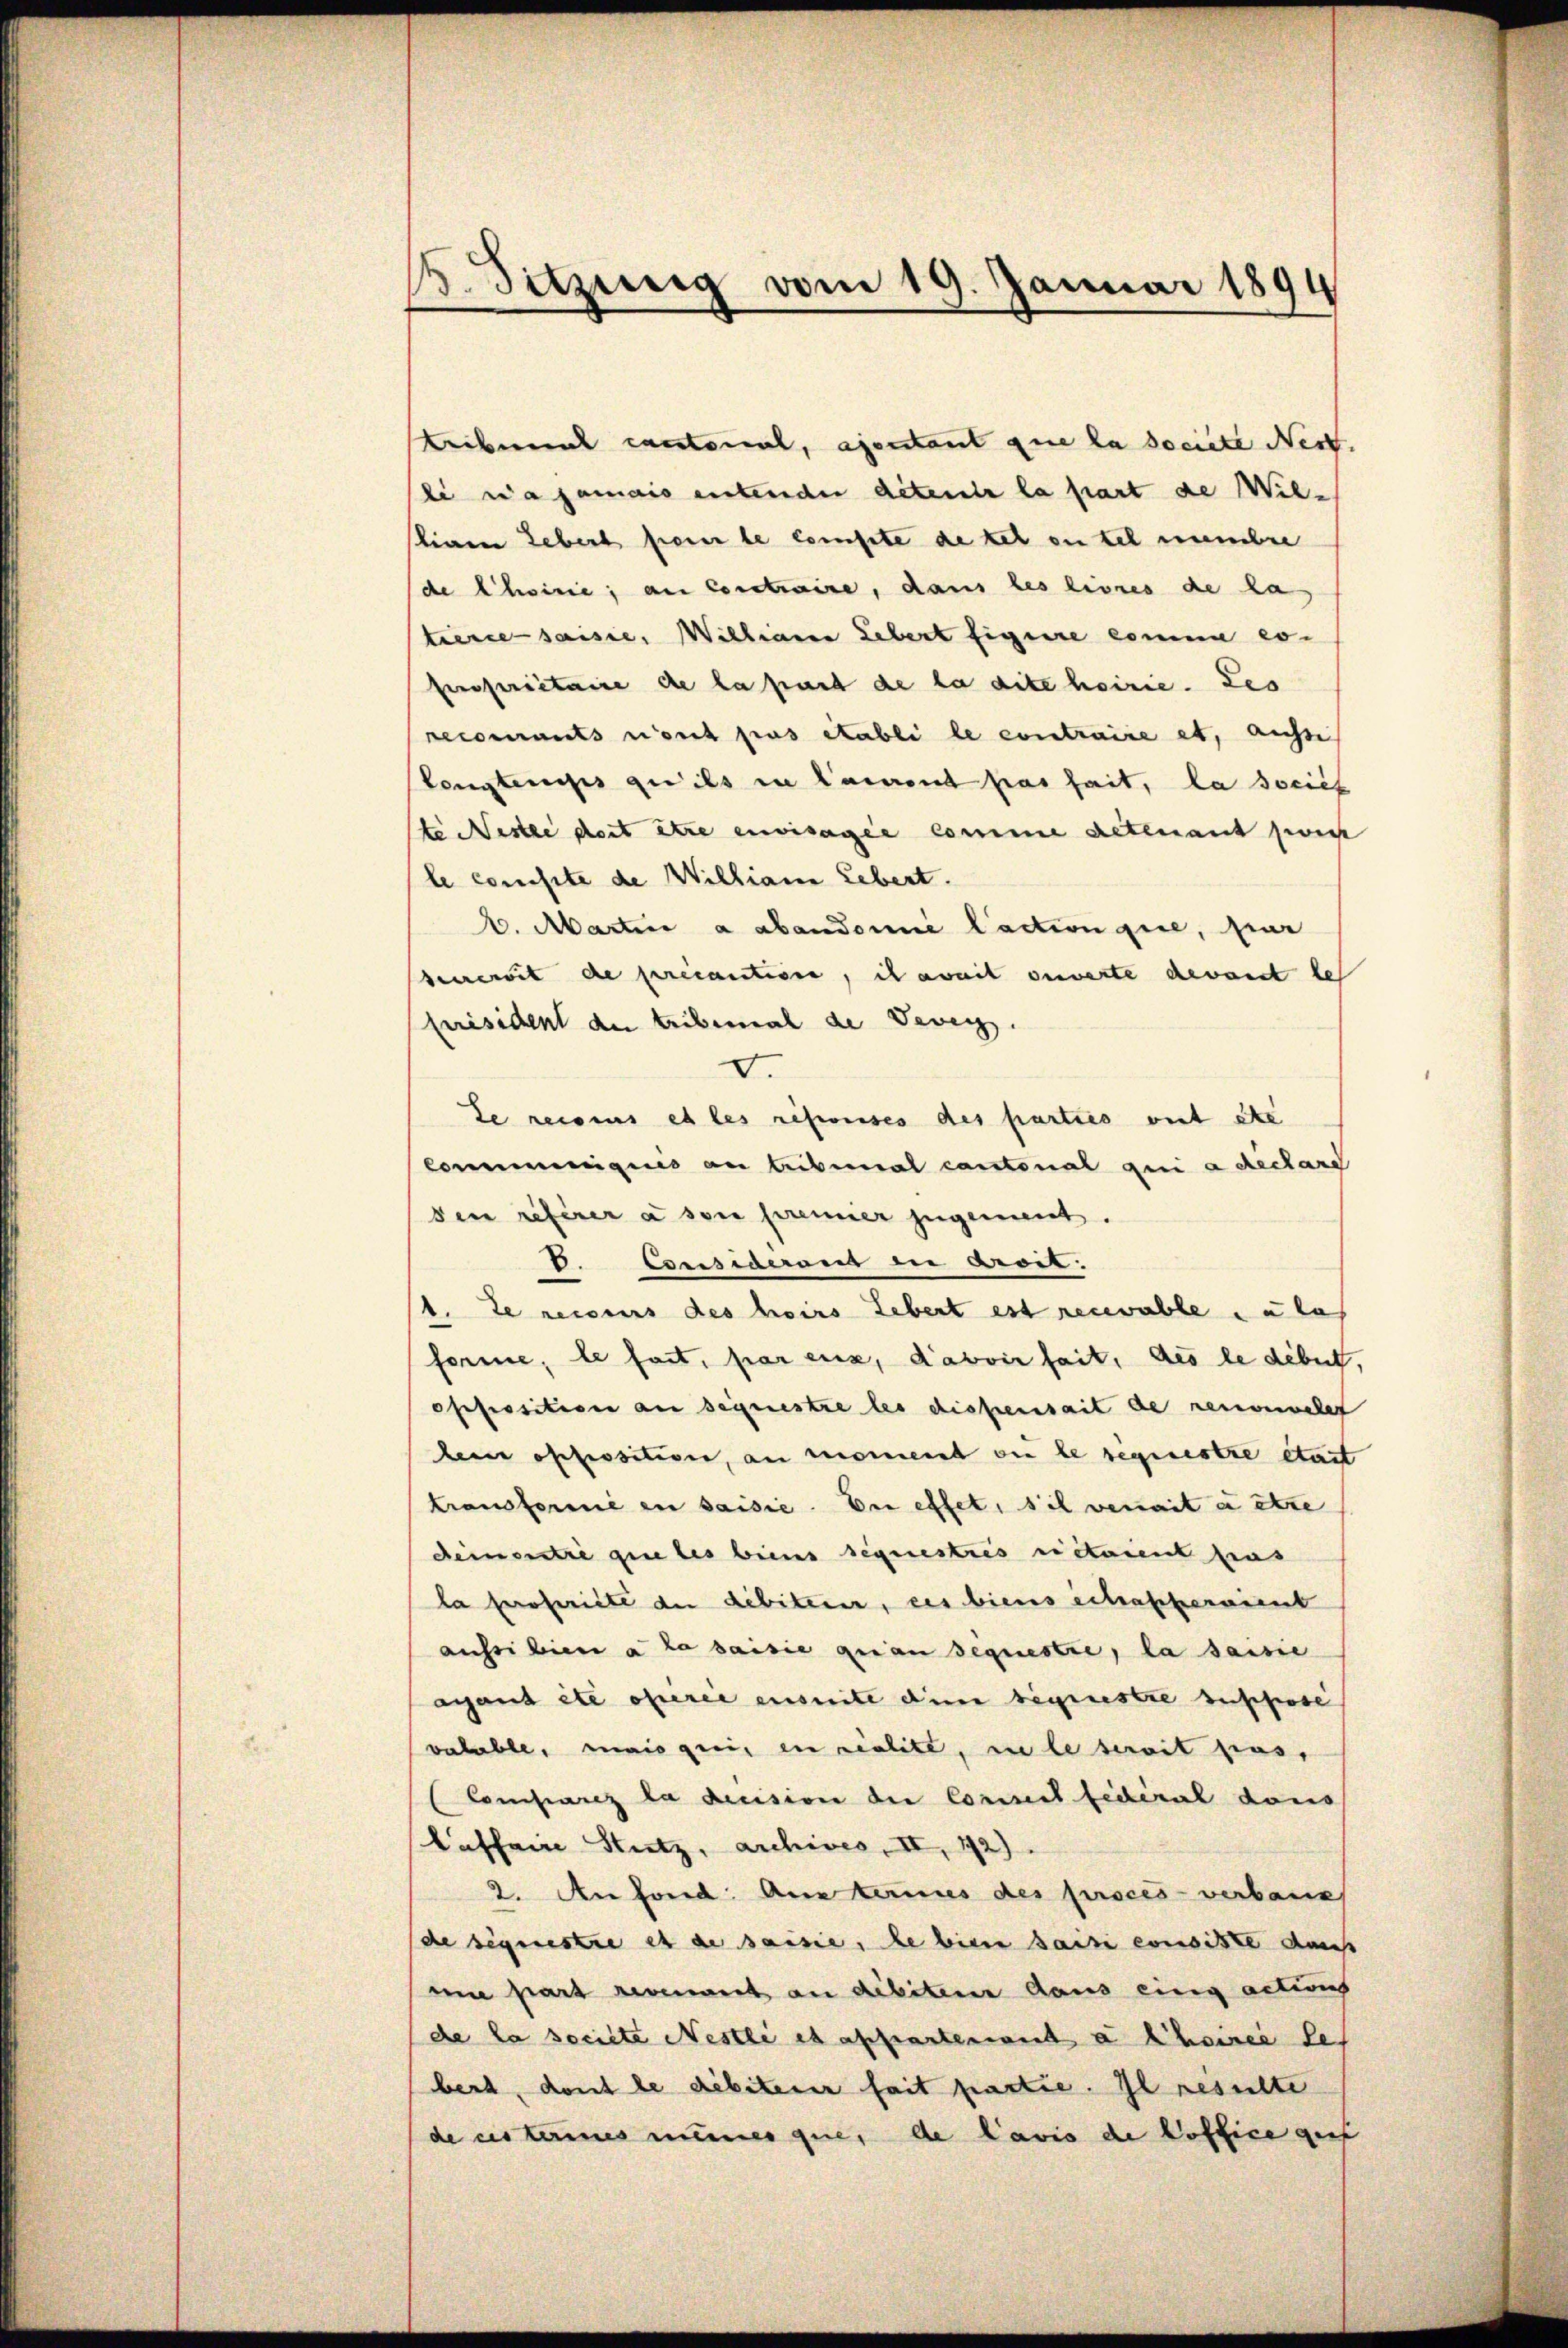
16. Sitzung vom 19. Januar 1894

tribunal cantonal, apontant que la societe Nest.
li wa jamais entender detenir la part de Wil-
stinen Lebert fierer le compte de tel on tel membre
de Choirie, an Contraire, dans les livres de la
tierce saisie, Willian Lebert signire comme es
perferietaire de la part de la dite hoirie. Les
recourants n’ont pas établi le contraire et, aussi
Tongtensis qu’ils in Laurent par heit, la societ
ste Nestie doit être envisagée comme altenant zweit
le consite de Willian Lebert.
1. Martier a abandomie Caction que, par
severit de précautione, ich amit ouverte devant le
Président der tribemal de Vevey.
I.
de reconus et les refouises des parties ont ste
Communigues an tribunal cantonal qui a declare
den referer à son premier zugement.
D. Consideraus in droit.
1. Le recours des hoirs Lebert est recevable zu las
forme; le fast, par eux, davoir seit, des le debet,
opfessition an sequestre les dispensait de renouvelet
leine opposition, an moment die le segenstze etat
transformé en saisie. En effet, sich verait à être
dementre que les biens sequestris rietaient has
la propriete der Debiterer, des biens schafherment
aufsibier à la saisie quan sequestie, la saisie
agant etc oferie ensuite die begeistie beschrose
valable, mais geei, en realite, in le serait pas,
Comparez la decision der Conseil fédéral dons
Caffeine Stutz, archives, II, 192).
2. An fond. Aus termes des procès-verbaue
(de sequestre et de saisie, le bien sacti consiste das
mne part revenant an disiten daus ein actions
de la societe Nestli et affartenant a Chance des
bert, dont le débiterer fait partie. Il resulte
de es termes meines que, de lavis de office gut